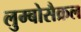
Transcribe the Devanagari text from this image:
लुम्बोसैक्रल